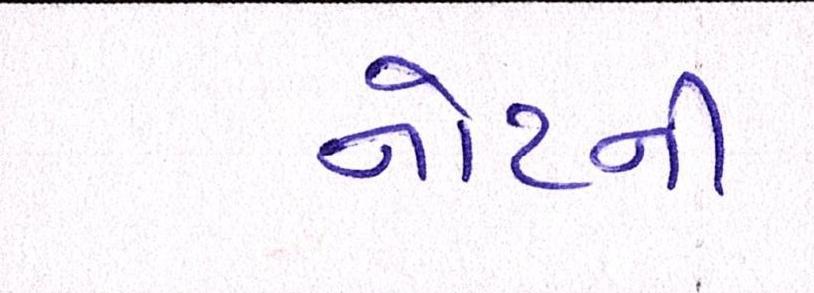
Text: નોટની